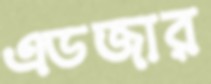
এডজার